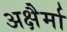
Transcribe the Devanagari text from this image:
अक्षैर्मा